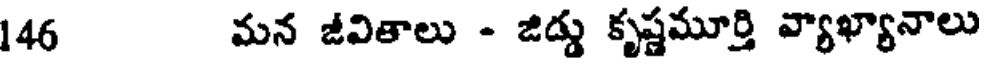
146 మన జీవితాలు - జిడ్డు కృష్ణమూర్తి వ్యాఖ్యానాలు